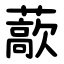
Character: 藃